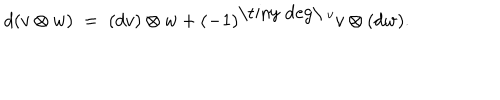
d ( v \otimes w ) \; = \; ( d v ) \otimes w + ( - 1 ) ^ { \mathrm { \tiny ~ d e g \ } v } v \otimes ( d w ) .